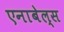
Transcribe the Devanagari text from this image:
एनाबेल्स